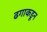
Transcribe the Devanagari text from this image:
ढगाकडून